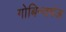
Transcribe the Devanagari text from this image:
गोबिन्दगंज